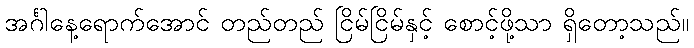
အင်္ဂါနေ့ရောက်အောင် တည်တည် ငြိမ်ငြိမ်နှင့် စောင့်ဖို့သာ ရှိတော့သည်။